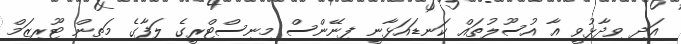
އަދި ވިދާޅުވީ އާ އުސޫލުތައް ކަނޑައަޅާނީ ފިނޭންސް މިނިސްޓްރީގެ ލަފާގެ މަތިން ޓޫރިޒަމް